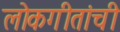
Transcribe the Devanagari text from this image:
लोकगीतांची